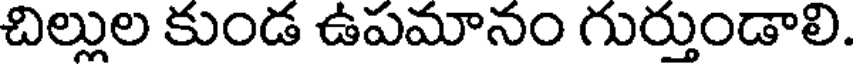
చిల్లుల కుండ ఉపమానం గుర్తుండాలి.